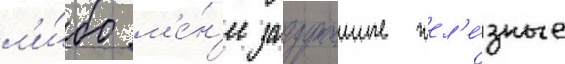
л'и́бо м'е́н'ее загруженные жел'е́зные